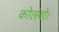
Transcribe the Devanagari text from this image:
कोलंबो।